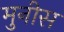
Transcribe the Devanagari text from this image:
मुनीस